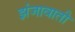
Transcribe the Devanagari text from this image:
झंजावाती